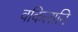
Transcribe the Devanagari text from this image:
वकिलानि